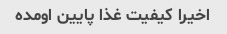
اخیرا کیفیت غذا پایین اومده